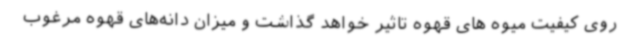
روی کیفیت میوه های قهوه تاثیر خواهد گذاشت و میزان دانه‌های قهوه مرغوب